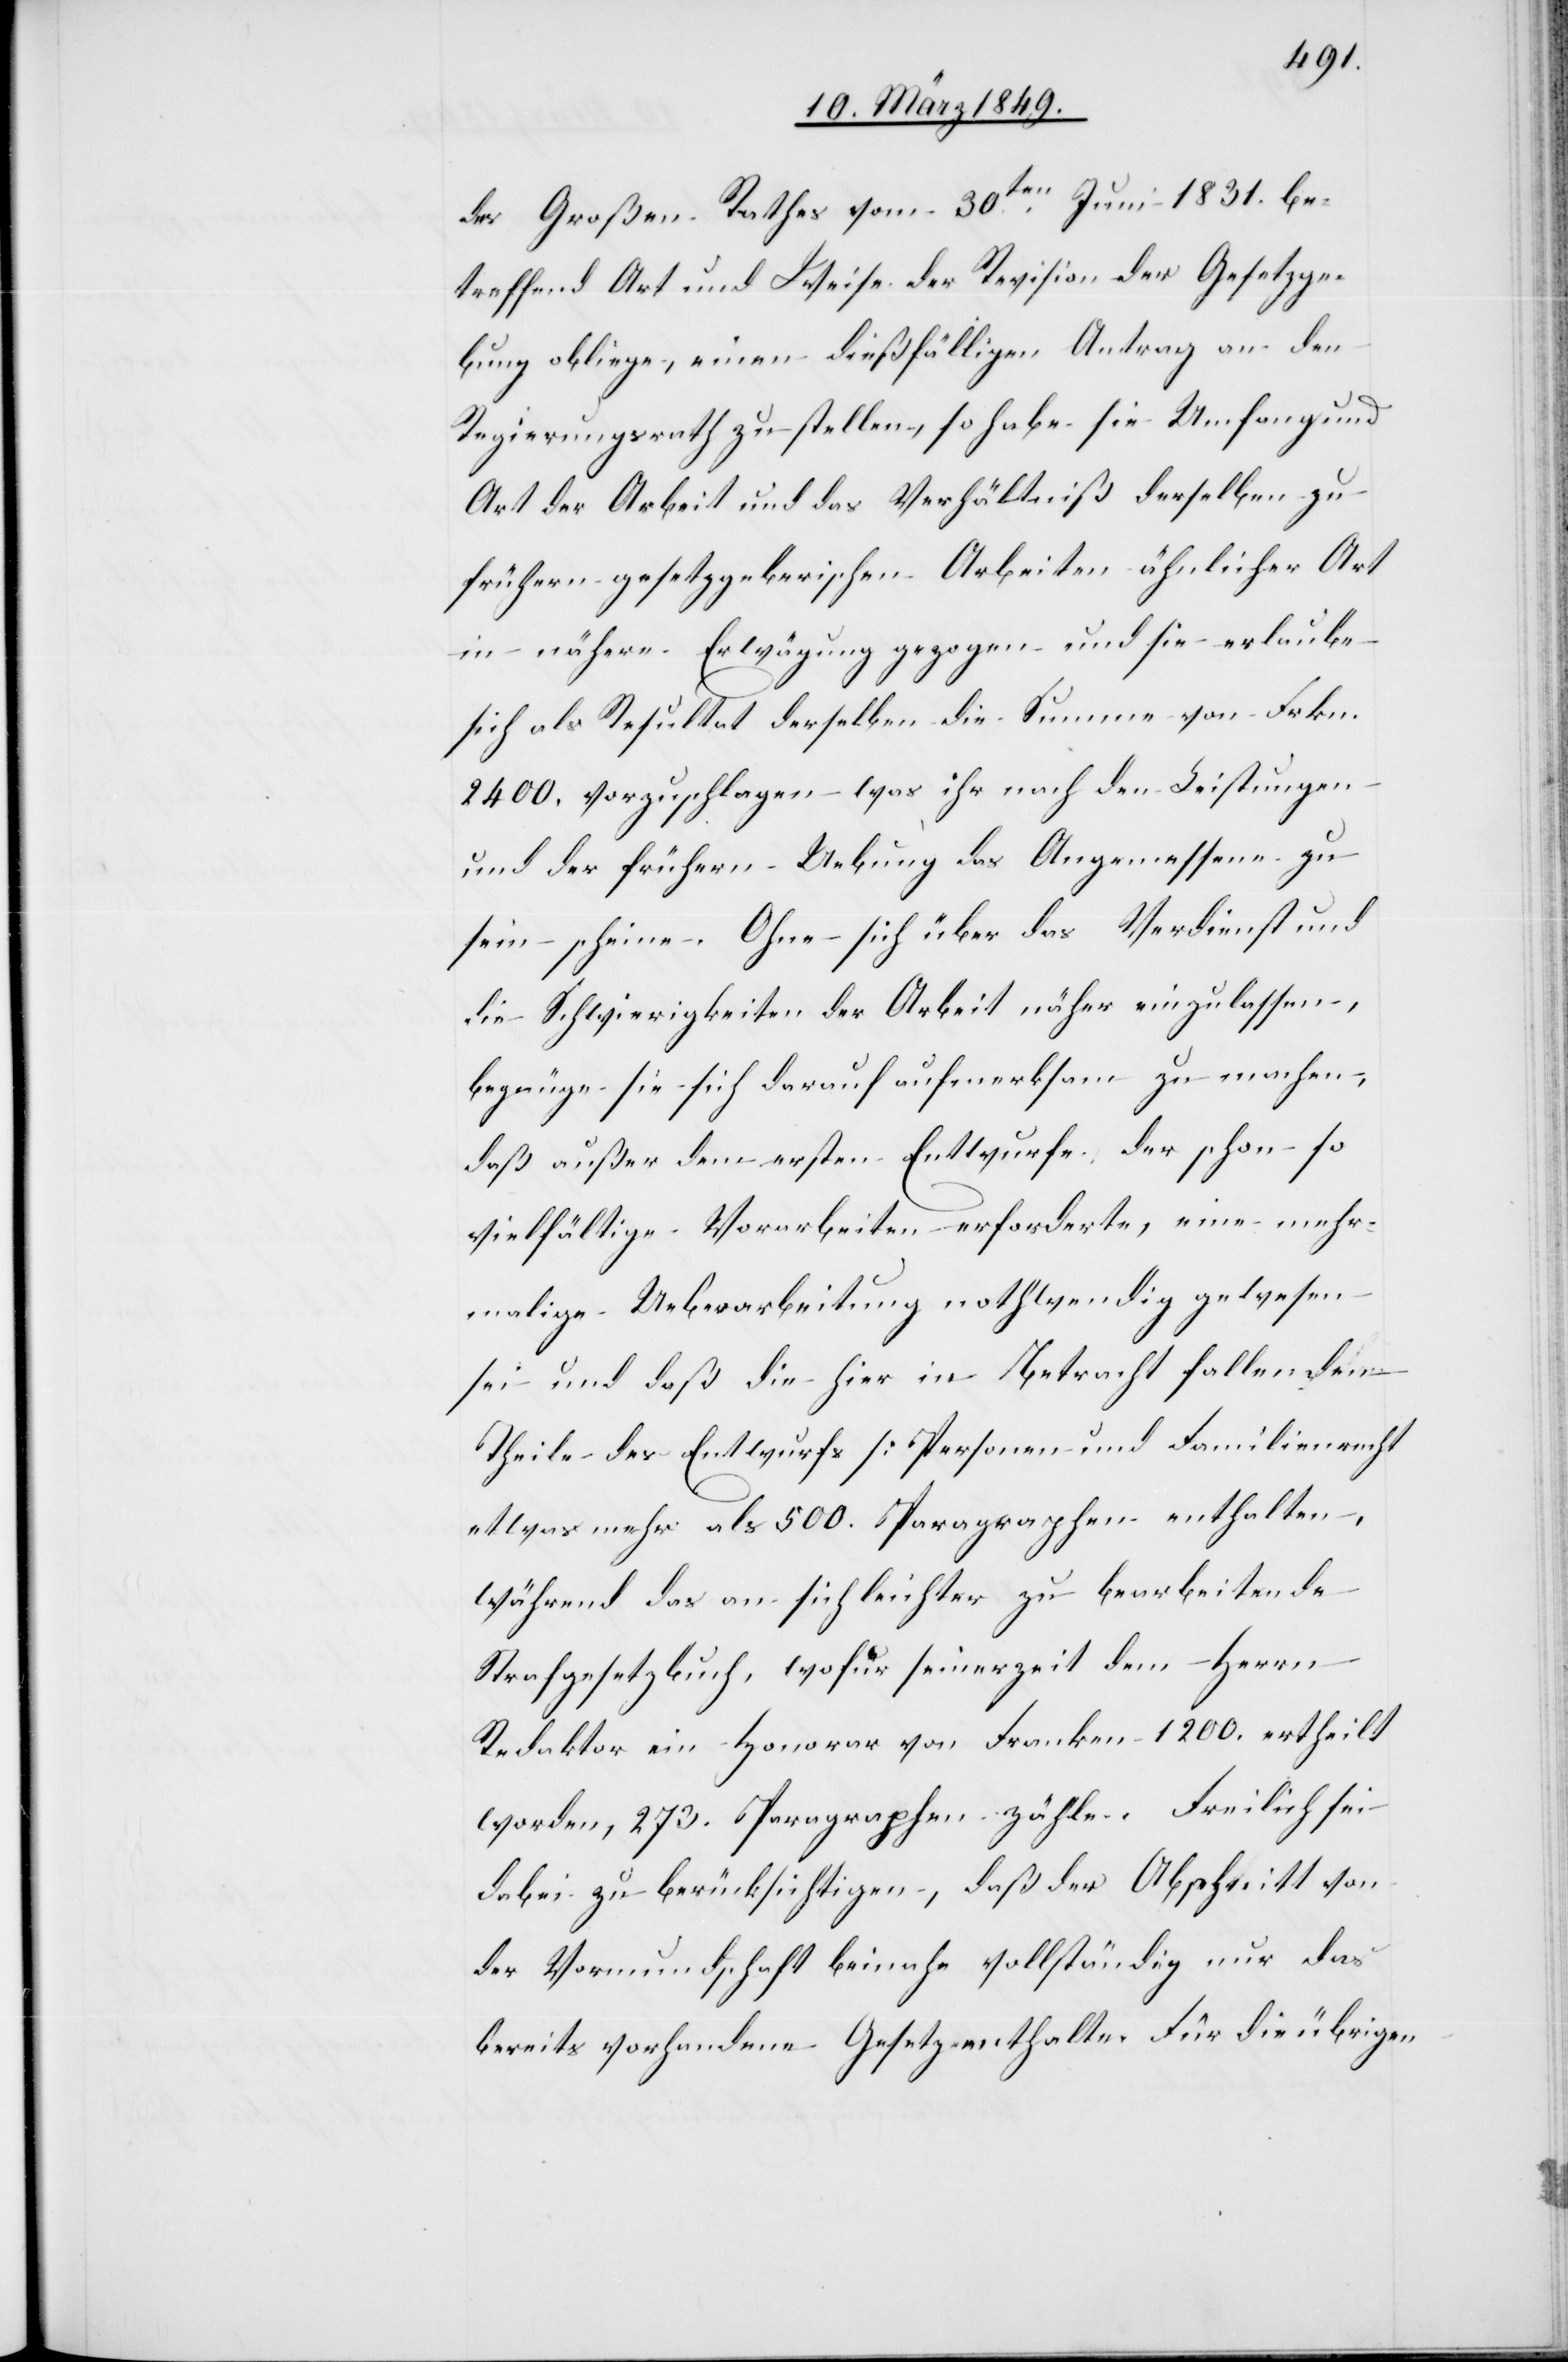
des Großen Rathes vom 30ten. Juni 1831. be¬
treffend Art und Weise der Revision der Gesetzge¬
bung oblige, einen dießfälligen Antrag an den
Regierungsrath zu stellen, so habe sie Umfang und
Art der Arbeit und das Verhältniß derselben zu
frühern gesetzgeberischen Arbeiten ähnlicher Art
in nähere Erwägung gezogen und sie erlaube
sich als Resultat derselben die Summe von Frkn.
2400. vorzuschlagen was ihr nach den Leistungen
und der frühern Uebung das Angemessene zu
sein scheine. Ohne sich über das Verdienst und
die Schwierigkeiten der Arbeit näher einzulassen,
begnüge sie sich darauf aufmerksam zu machen,
daß außer dem ersten Entwurfe, der schon so
vielfältige Vorarbeiten erforderte, eine mehr¬
malige Ueberarbeitung nothwendig gewesen
sei und daß die hier in Betracht fallenden
Theile des Entwurfs [Personen und Familienrecht[]]
etwas mehr als 500. Paragraphen enthalten,
während das an sich leichter zu bearbeitende
Strafgesetzbuch, wofür seinerzeit dem Herrn
Redaktor ein Honorar von Franken 1200. ertheilt
worden, 273. Paragraphen zähle. Freilich sei
dabei zu berücksichtigen, daß der Abschnitt von
der Vormundschaft beinahe vollständig nur das
bereits vorhandene Gesetz enthalte. Für die übrigen